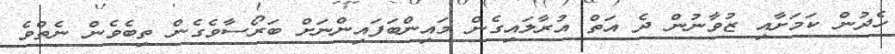
ހެދުން ކަމަށާއި ޒުވާނުން ދެ އަތް އުރާލައިގެން މައިންބަފައިންނަށް ބަރޯސާވެގެން ތިބެވެން ނެތްވެ